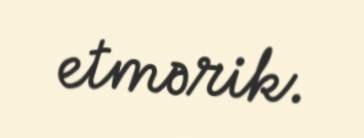
etmərik.